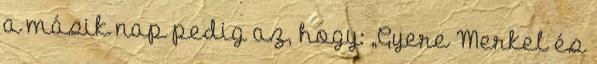
a másik nap pedig az, hogy: „Gyere Merkel és